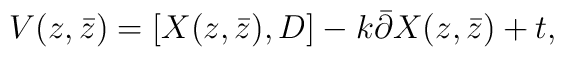
V(z,\bar{z})=[X(z,\bar{z}),D]-k\bar{\partial}X(z,\bar{z})+t,